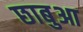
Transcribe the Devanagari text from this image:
छाबुआ